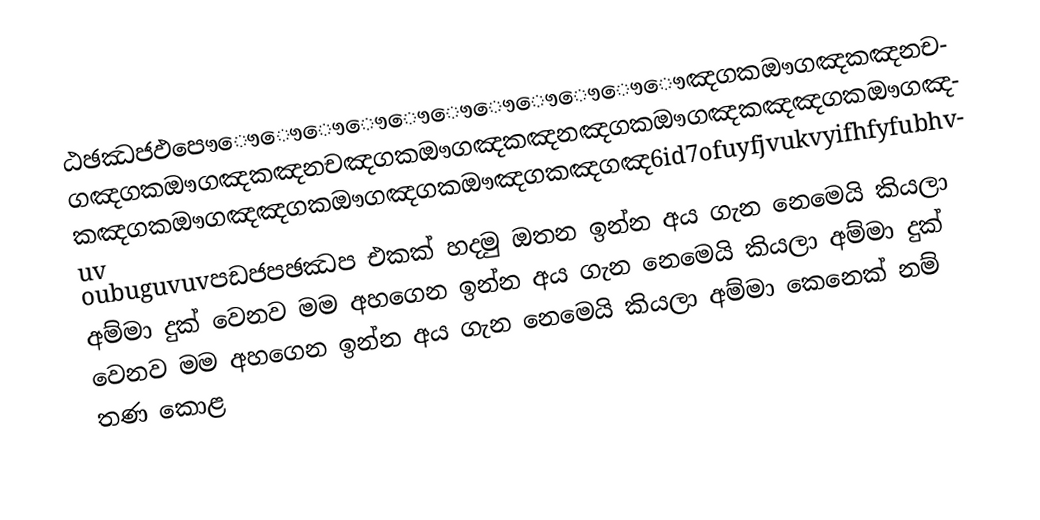
ඨඡඣජඵපෞෞෞෞෞෞෞෞෞෞෞෞඤගකඖගඤකඤනචගඤගකඖගඤකඤනචඤගකඖගඤකඤනඤගකඖගඤකඤඤගකඖගඤකඤගකඖගඤඤගකඖගඤගකඖඤගකඤගඤ6id7ofuyfjvukvyifhfyfubhvuv oubuguvuvපඩජපඡඣප එකක් හදමු ඔතන ඉන්න අය ගැන නෙමෙයි කියලා අම්මා දුක් වෙනව මම අහගෙන ඉන්න අය ගැන නෙමෙයි කියලා අම්මා දුක් වෙනව මම අහගෙන ඉන්න අය ගැන නෙමෙයි කියලා අම්මා කෙනෙක් නම් තණ කොළ